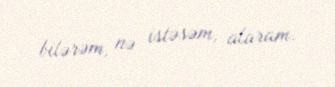
bilərəm, nə istəsəm, alaram.